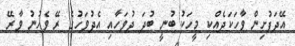
އޭދަފުށިން ވާހަކަދެއްކި މީހަކު ބުނީ ބުދަ ދުވަހާއި އެދުވަހުގެ ރޭ ވެހުނު ވާރޭ